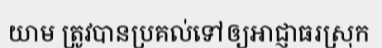
យាម ត្រូវបានប្រគល់ទៅឲ្យអាជ្ញាធរស្រុក